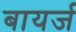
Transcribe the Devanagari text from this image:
बायर्ज